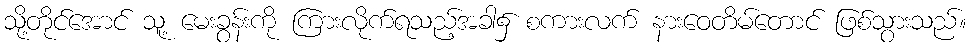
သို့တိုင်အောင် သူ့ မေးခွန်းကို ကြားလိုက်ရသည့်အခါ၌ စကားလက် နားဝေတိမ်တောင် ဖြစ်သွားသည်။